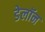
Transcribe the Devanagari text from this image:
डेलॉन